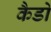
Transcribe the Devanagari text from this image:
कैडो